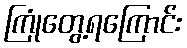
ကြုံတွေ့ရကြောင်း